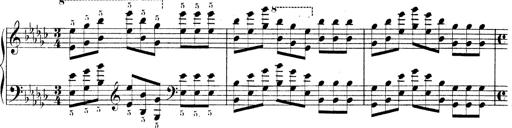
Title: Technische Studien
Composer: Franz Liszt